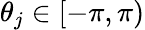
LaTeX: \theta_{j}\in[-\pi,\pi)